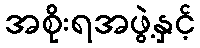
အစိုးရအဖွဲ့နှင့်